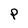
Character: P